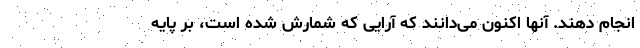
انجام دهند. آنها اکنون می‌دانند که آرایی که شمارش شده است، بر پایه